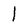
Character: l